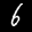
Label: 6